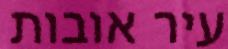
עיר אובות